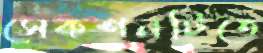
সেকশনটিতে